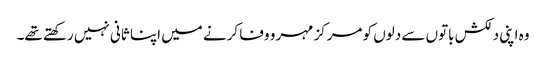
وہ اپنی دلکش باتوں سے دلوں کو مرکز مہر و وفا کرنے میں اپنا ثانی نہیں رکھتے تھے۔